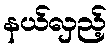
နယ်လှည့်